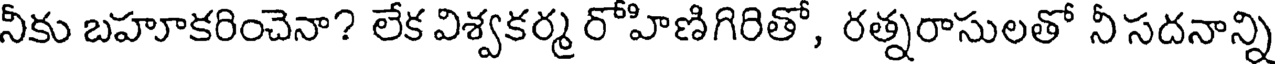
నీకు బహూకరించెనా? లేక విశ్వకర్మ రోహిణిగిరితో, రత్నరాసులతో నీ సదనాన్ని